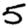
Digit: 5